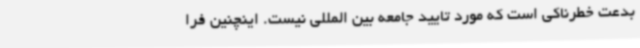
بدعت خطرناکی است که مورد تایید جامعه بین المللی نیست. اینچنین فرا